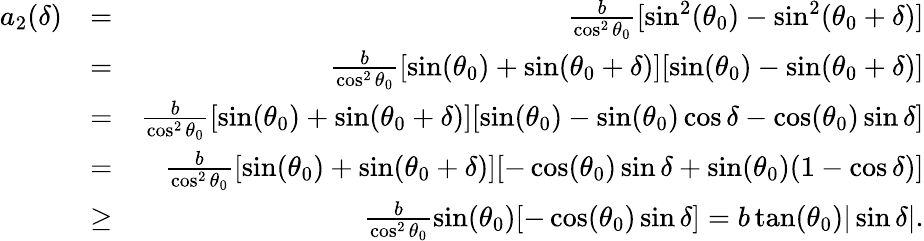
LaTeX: \begin{array}{rlr}{a_{2}(\delta)}&{=}&{\frac{b}{\cos^{2}\theta_{0}}[\sin^{2}(\theta_{0})-\sin^{2}(\theta_{0}+\delta)]}\\ &{=}&{\frac{b}{\cos^{2}\theta_{0}}[\sin(\theta_{0})+\sin(\theta_{0}+\delta)][\sin(\theta_{0})-\sin(\theta_{0}+\delta)]}\\ &{=}&{\frac{b}{\cos^{2}\theta_{0}}[\sin(\theta_{0})+\sin(\theta_{0}+\delta)][\sin(\theta_{0})-\sin(\theta_{0})\cos\delta-\cos(\theta_{0})\sin\delta]}\\ &{=}&{\frac{b}{\cos^{2}\theta_{0}}[\sin(\theta_{0})+\sin(\theta_{0}+\delta)][-\cos(\theta_{0})\sin\delta+\sin(\theta_{0})(1-\cos\delta)]}\\ &{\geq}&{\frac{b}{\cos^{2}\theta_{0}}\sin(\theta_{0})[-\cos(\theta_{0})\sin\delta]=b\tan(\theta_{0})|\sin\delta|.}\end{array}